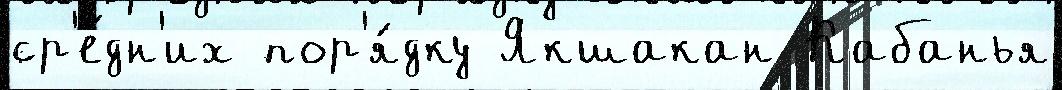
ср'е́дн'их пор'я́дку Якшакан Кабанья